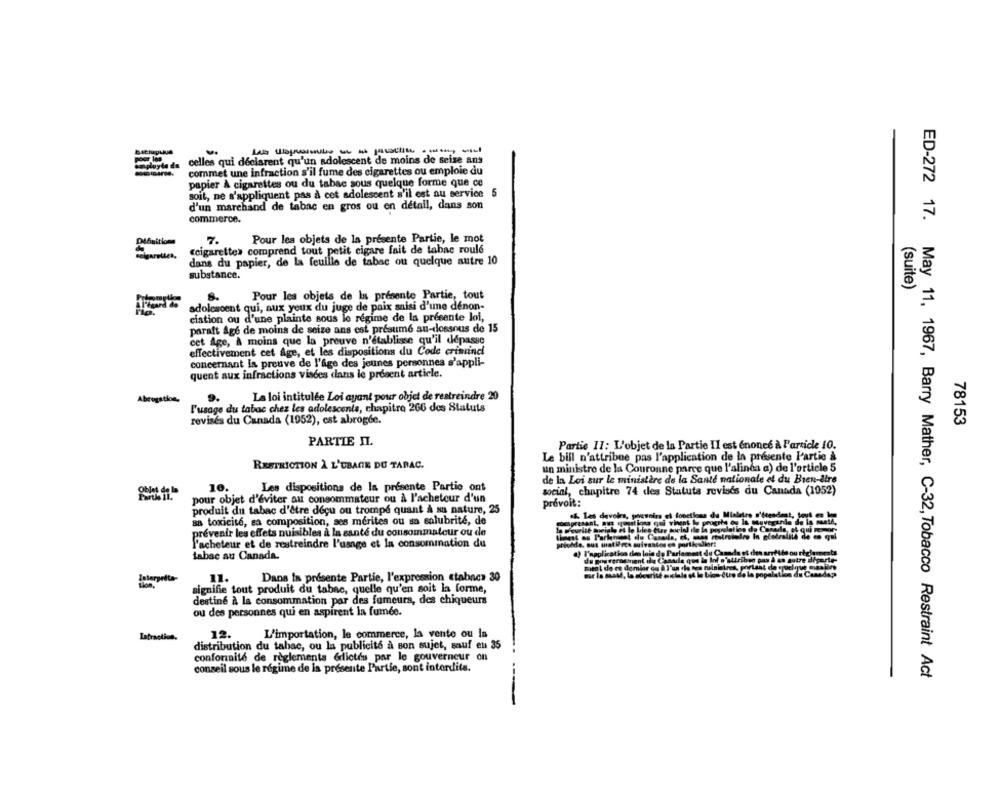
poor lon
celles qui déclarent qu'un adolescent de moins de seize ans
pluyte da
commet une infraction s'il fume des cigarettes ou emploie du
papier À cigarettes ou du tabac sous quelque forme que ce
soit, ne s'appliquent pas à cet adolescent s'il est au service
5
d'un marchand de tabac en gros ou en detail, dans son
commerce.
7.
Pour les objets de la présente Partie, le mot
Definition
ccigarettes comprend tout petit cigare fait de tabac roulé
dans du papier, de la feuille de tabac ou quelque autre 10
substance.
(suite)
8.
Pour les objets de Is presente Partie, tout
adolescent qui, aux yeux du juge de paix saisi d'une denon-
ciation ou d'une plainte sous le regime de la presente loi,
paraft Age de moins de seize ans est presume au-dessous de 15
cet Age, À moins que la preuve n'établisse qu'il dépasse
effectivement cet Age, et les dispositions du Code criminel
concernant la preuve de l'âge des jeunes personnes s'appli-
quent aux infractions visées dans le présent article.
Abrogation,
La loi intitulée Loi ayant pour objet de restreindre 20
l'usage du tabac chez les adolescents, chapitre 266 des Statuts
revisés du Canada (1952), est abrogée.
78153
PARTIE II.
Partie II: L'objet de la Partie II est énoncé à l'article 10.
Le bill n'attribue pas l'application de la présente Partie &
RESTRICTION À L'USAGE DU TABAC.
un ministre de la Couronne parce que l'alinda a) de l'article 5
de la Loi sur le ministère de la Santé nationale et du Bien-être
10.
Les dispositions de la presente Partie ont
social, chapitre 74 des Statuts revises du Canada (1052)
pour objet d'éviter au consommateur ou à l'acheteur d'un
prévoit:
produit du tabac d'être déçu ou trompé quant À sa nature, 25
.& Les devoirs, pouvoirs el fonctions de Mialetre s'étendant, toy
sa toxicité, sa composition, ses mérites ou sa salubrité, de
depressst, aus (patiosa qui vivent le progrte og la Muvegarde de la santé,
In Theurine mweighs et le bien etre social de la population do Canada, of qu
prévenir les effets nuisibles à la santé du consommateur ou de
l'acheteur et de restreindre l'usage et la consommation du
privede, sus mat lorca suivantes en partiesdior:
a) l'application des lala do Parlament
tabac au Canada.
ribun pas & an autre d
Dans In présente Partie, l'expression ctabnca 30
11.
signifie tout produit du tabac, quelle qu'en soit la forme,
destiné à la consommation par des fumeurs, des chiqueurs
ou des personnes qui en aspirent la fumée.
Lafraction.
12.
L'importation, le commerce, la vente ou la
distribution du tabac, ou la publicité à son sujet, sauf eu 35
conformité de règlements édictés par le gouverneur on
conseil sous le régime de la présente Partie, sont interdits.
ED-272 17. May 11, 1967, Barry Mather, C-32, Tobacco Restraint Act